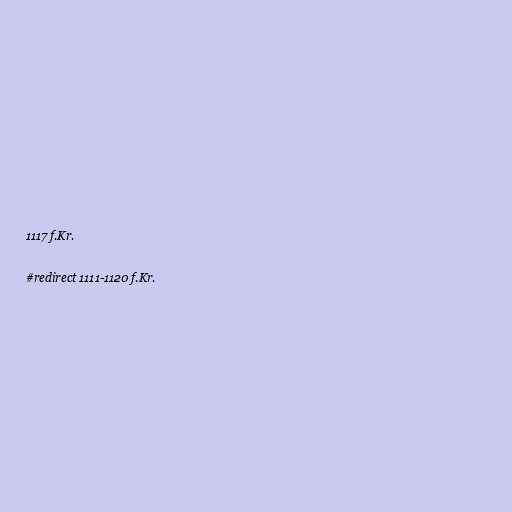
1117 f.Kr.

#redirect 1111-1120 f.Kr.